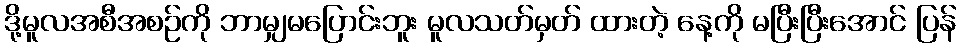
ဒို့မူလအစီအစဉ်ကို ဘာမျှမပြောင်းဘူး မူလသတ်မှတ် ထားတဲ့ နေ့ကို မပြီးပြီးအောင် ပြန်